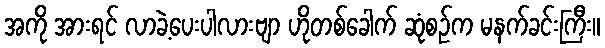
အကို အားရင် လာခဲ့ပေးပါလားဗျာ ဟိုတစ်ခေါက် ဆုံစဉ်က မနက်ခင်းကြီး။